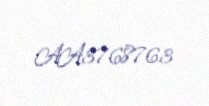
AA3768763